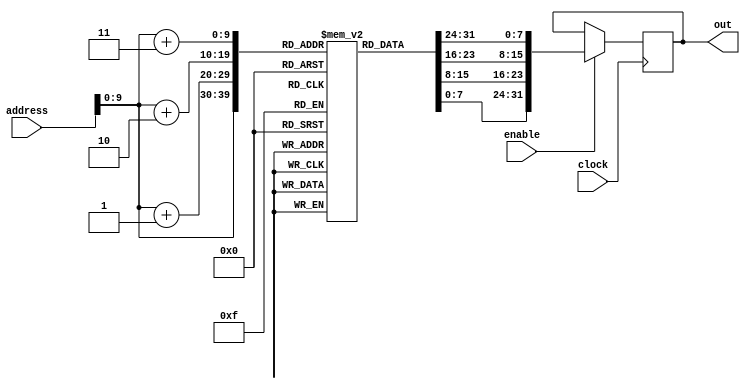
module rom (
    input wire [31:0] address,
    input wire enable,
    input wire clock,             
    output reg [31:0] out
);

reg [7:0] storage [1023:0];

initial begin
    {storage[3], storage[2], storage[1], storage[0]} = 32'b0;
    {storage[7], storage[6], storage[5], storage[4]} = 32'h99127254;
    {storage[11], storage[10], storage[9], storage[8]} = 32'h12345678;
    {storage[15], storage[14], storage[13], storage[12]} = 32'h89117843;
    {storage[19], storage[18], storage[17], storage[16]} = 32'h12418549;
end

always @(posedge clock) begin
    if (enable) begin
        out <= {storage[address + 3], storage[address + 2], storage[address + 1], storage[address]};
    end
end

endmodule